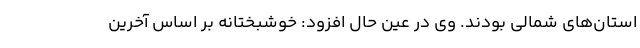
استان‌های شمالی بودند. وی در عین حال افزود: خوشبختانه بر اساس آخرین